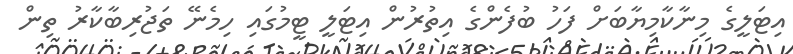
އިޓަލީގެ މިނާކާމިޔާބަށް ފަހު ބުފެންގެ އިތުރުން އިޓަލީ ޓީމުގައި ހިމެނޭ ތަޖުރިބާކާރު ތިން